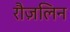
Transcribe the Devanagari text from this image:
रौज़लिन